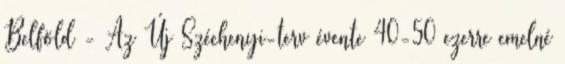
Belföld - Az Új Széchenyi-terv évente 40-50 ezerre emelné